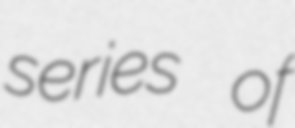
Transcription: series of